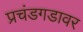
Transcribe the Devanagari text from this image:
प्रचंडगडावर